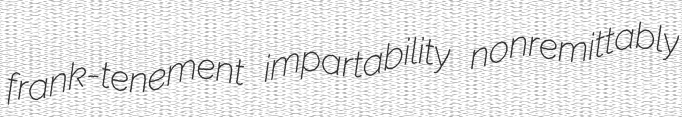
frank-tenement impartability nonremittably